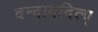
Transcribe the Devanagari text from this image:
दन्दाददित्य्